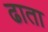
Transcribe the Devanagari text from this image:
ढाता